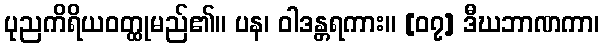
ပုညကိရိယဝတ္ထုမည်၏။ ပန၊ ဝါဒန္တရကား။ [၀၇] ဒီဃဘာဏကာ၊